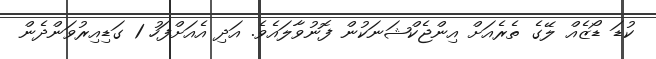
ކުޑަ ޑޯޒެއް ލޭގެ ތެރެއަށް އިންޖެކްޝަނަކުން ފޮނުވާލައެވެ. އަދި އެއަށްފަހު 1 ގަޑިއިރުވަންދެން